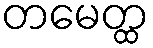
တမေတ္ထ